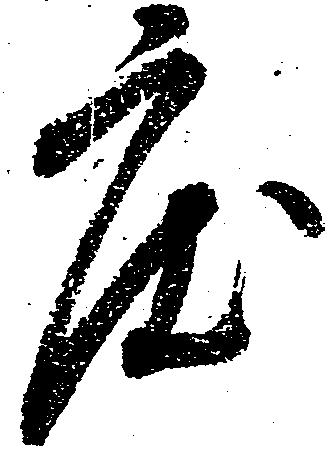
度